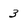
Character: 3